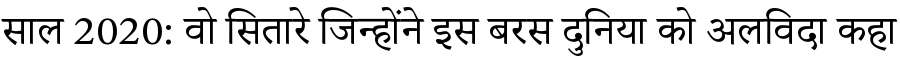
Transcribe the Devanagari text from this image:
साल 2020: वो सितारे जिन्होंने इस बरस दुनिया को अलविदा कहा